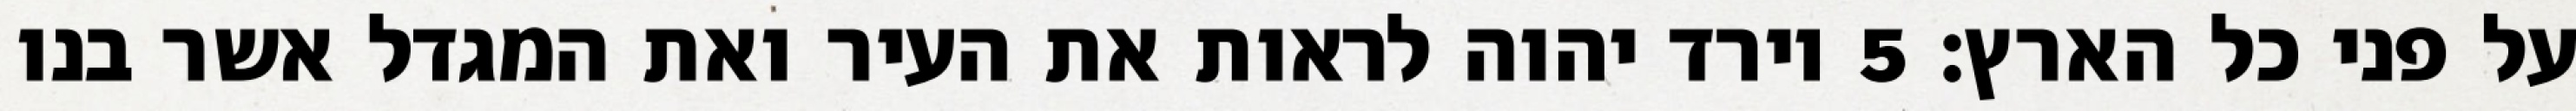
על פני כל הארץ׃ ‎5‏ וירד יהוה לראות את העיר ואת המגדל אשר בנו